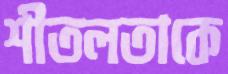
শীতলতাকে